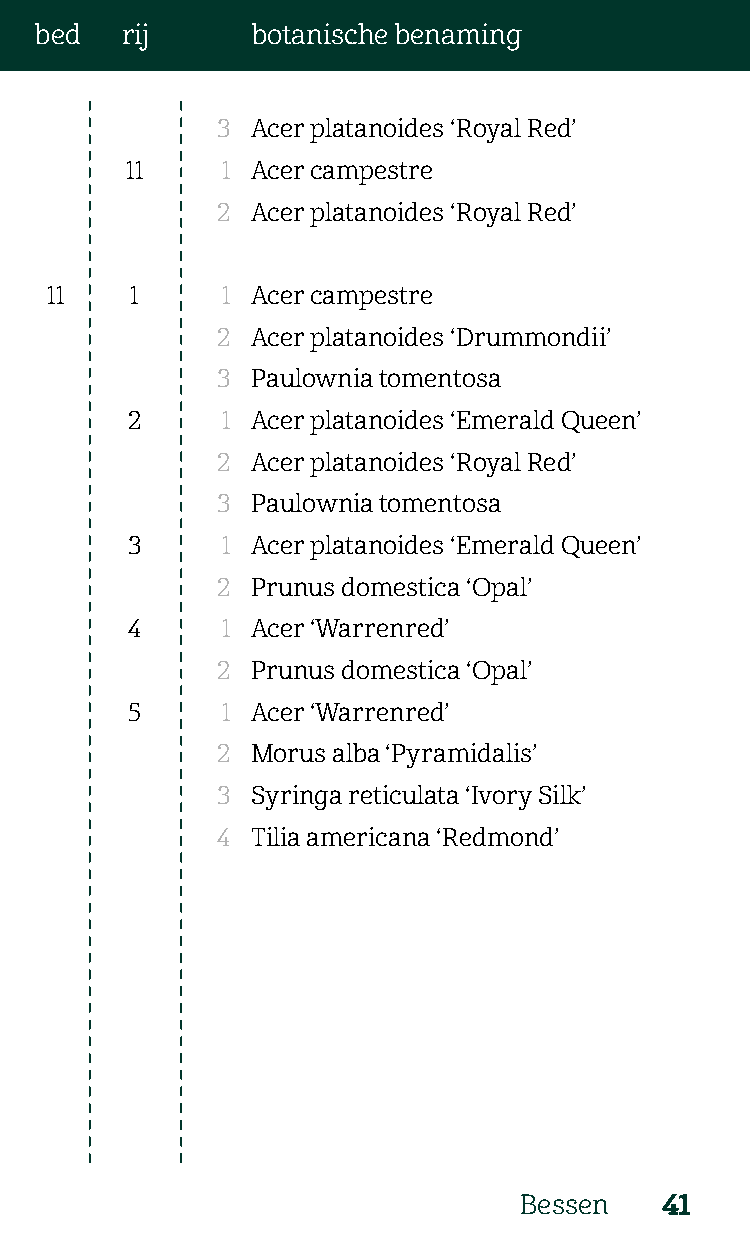
bed   rij      botanische benaming
 3  Acer platanoides ‘Royal Red’
 11     1 Acer campestre
 2  Acer platanoides ‘Royal Red’
 11    1     1 Acer campestre
 2  Acer platanoides ‘Drummondii’
 3  Paulownia tomentosa
 2      1 Acer platanoides ‘Emerald Queen’
 2  Acer platanoides ‘Royal Red’
 3  Paulownia tomentosa
 3      1 Acer platanoides ‘Emerald Queen’
 2  Prunus domestica ‘Opal’
 4      1 Acer ‘Warrenred’
 2  Prunus domestica ‘Opal’
 5      1 Acer ‘Warrenred’
 2  Morus alba ‘Pyramidalis’
 3  Syringa reticulata ‘Ivory Silk’
 4  Tilia americana ‘Redmond’
 Bessen    41